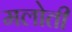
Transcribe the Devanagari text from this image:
मलोती